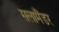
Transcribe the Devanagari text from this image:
सलामैंडर